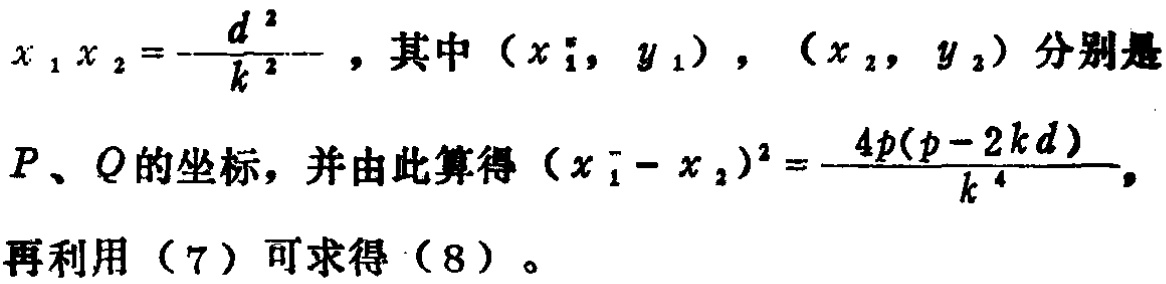
\(x_{1}x_{2}=-\frac{d^{2}}{k^{2}}\)，其中\((x_{1},y_{1})\)，\((x_{2},y_{2})\)分别是\(P\)、\(Q\)的坐标，并由此算得\((x_{1} - x_{2})^{2}=\frac{4p(p - 2kd)}{k^{4}}\)，再利用（7）可求得（8）。